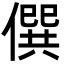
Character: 僎